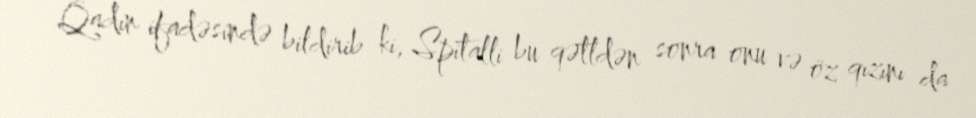
Qadın ifadəsində bildirib ki, Spitalli bu qətldən sonra onu və öz qızını da